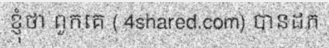
ខ្ញុំថា ពួកគេ ( 4shared.com) បានដក